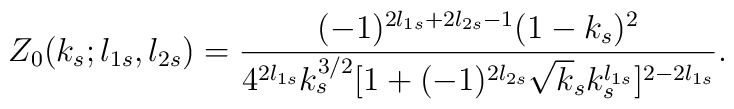
Z_0(k_s;l_{1s},l_{2s})=\frac{(-1)^{2l_{1s}+2l_{2s}-1}(1-k_s)^2}{4^{2l_{1s}}k_s^{3/2}[1+(-1)^{2l_{2s}}\sqrt k_sk_s^{l_{1s}}]^{2-2l_{1s}}}.